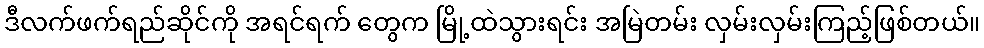
ဒီလက်ဖက်ရည်ဆိုင်ကို အရင်ရက် တွေက မြို့ထဲသွားရင်း အမြဲတမ်း လှမ်းလှမ်းကြည့်ဖြစ်တယ်။